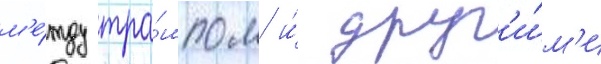
м'е́жду тра́мпом и́ друг'и́м'и